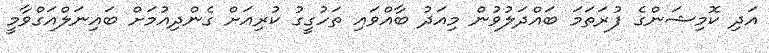
އަދި ކޮމިޝަންގެ ފުރަތަމަ ބައްދަލުވުން މިއަދު ބާއްވައި ތަހުގީގު ކުރިއަށް ގެންދިއުމަށް ބައިނަލްއަގްވާމީ